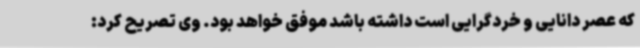
که عصر دانایی و خردگرایی است داشته باشد موفق خواهد بود. وی تصریح کرد: